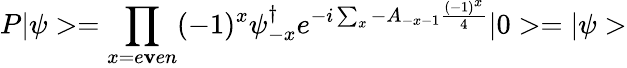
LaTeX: P|\psi>=\prod_{x=e\mathbf{v}en}(-1)^{x}\psi_{-x}^{\dagger}e^{-i\sum_{x}-A_{-x-1}\frac{{(-1)^{x}}}{{4}}}|0>=|\psi>